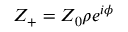
{ Z _ { + } } = { Z _ { 0 } } \rho { e ^ { i \phi } }